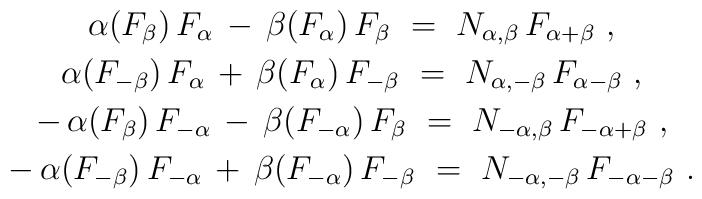
\begin{array}{c}  \alpha(F_\beta) \, F_\alpha \, - \, \beta(F_\alpha) \, F_\beta~  =~N_{\alpha,\beta} \, F_{\alpha+\beta}~, \\[1mm]  \alpha(F_{-\beta}) \, F_\alpha \, + \, \beta(F_\alpha) \, F_{-\beta}~  =~N_{\alpha,-\beta} \, F_{\alpha-\beta}~, \\[1mm]  - \, \alpha(F_\beta) \, F_{-\alpha} \, - \, \beta(F_{-\alpha}) \, F_\beta~  =~N_{-\alpha,\beta} \, F_{-\alpha+\beta}~, \\[1mm]  - \, \alpha(F_{-\beta}) \, F_{-\alpha} \,  + \, \beta(F_{-\alpha}) \, F_{-\beta}~  =~N_{-\alpha,-\beta} \, F_{-\alpha-\beta}~. \end{array}